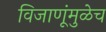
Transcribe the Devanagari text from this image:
विजाणूंमुळेच